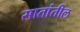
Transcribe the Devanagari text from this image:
सातांतील